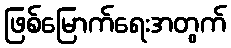
ဖြစ်မြောက်ရေးအတွက်